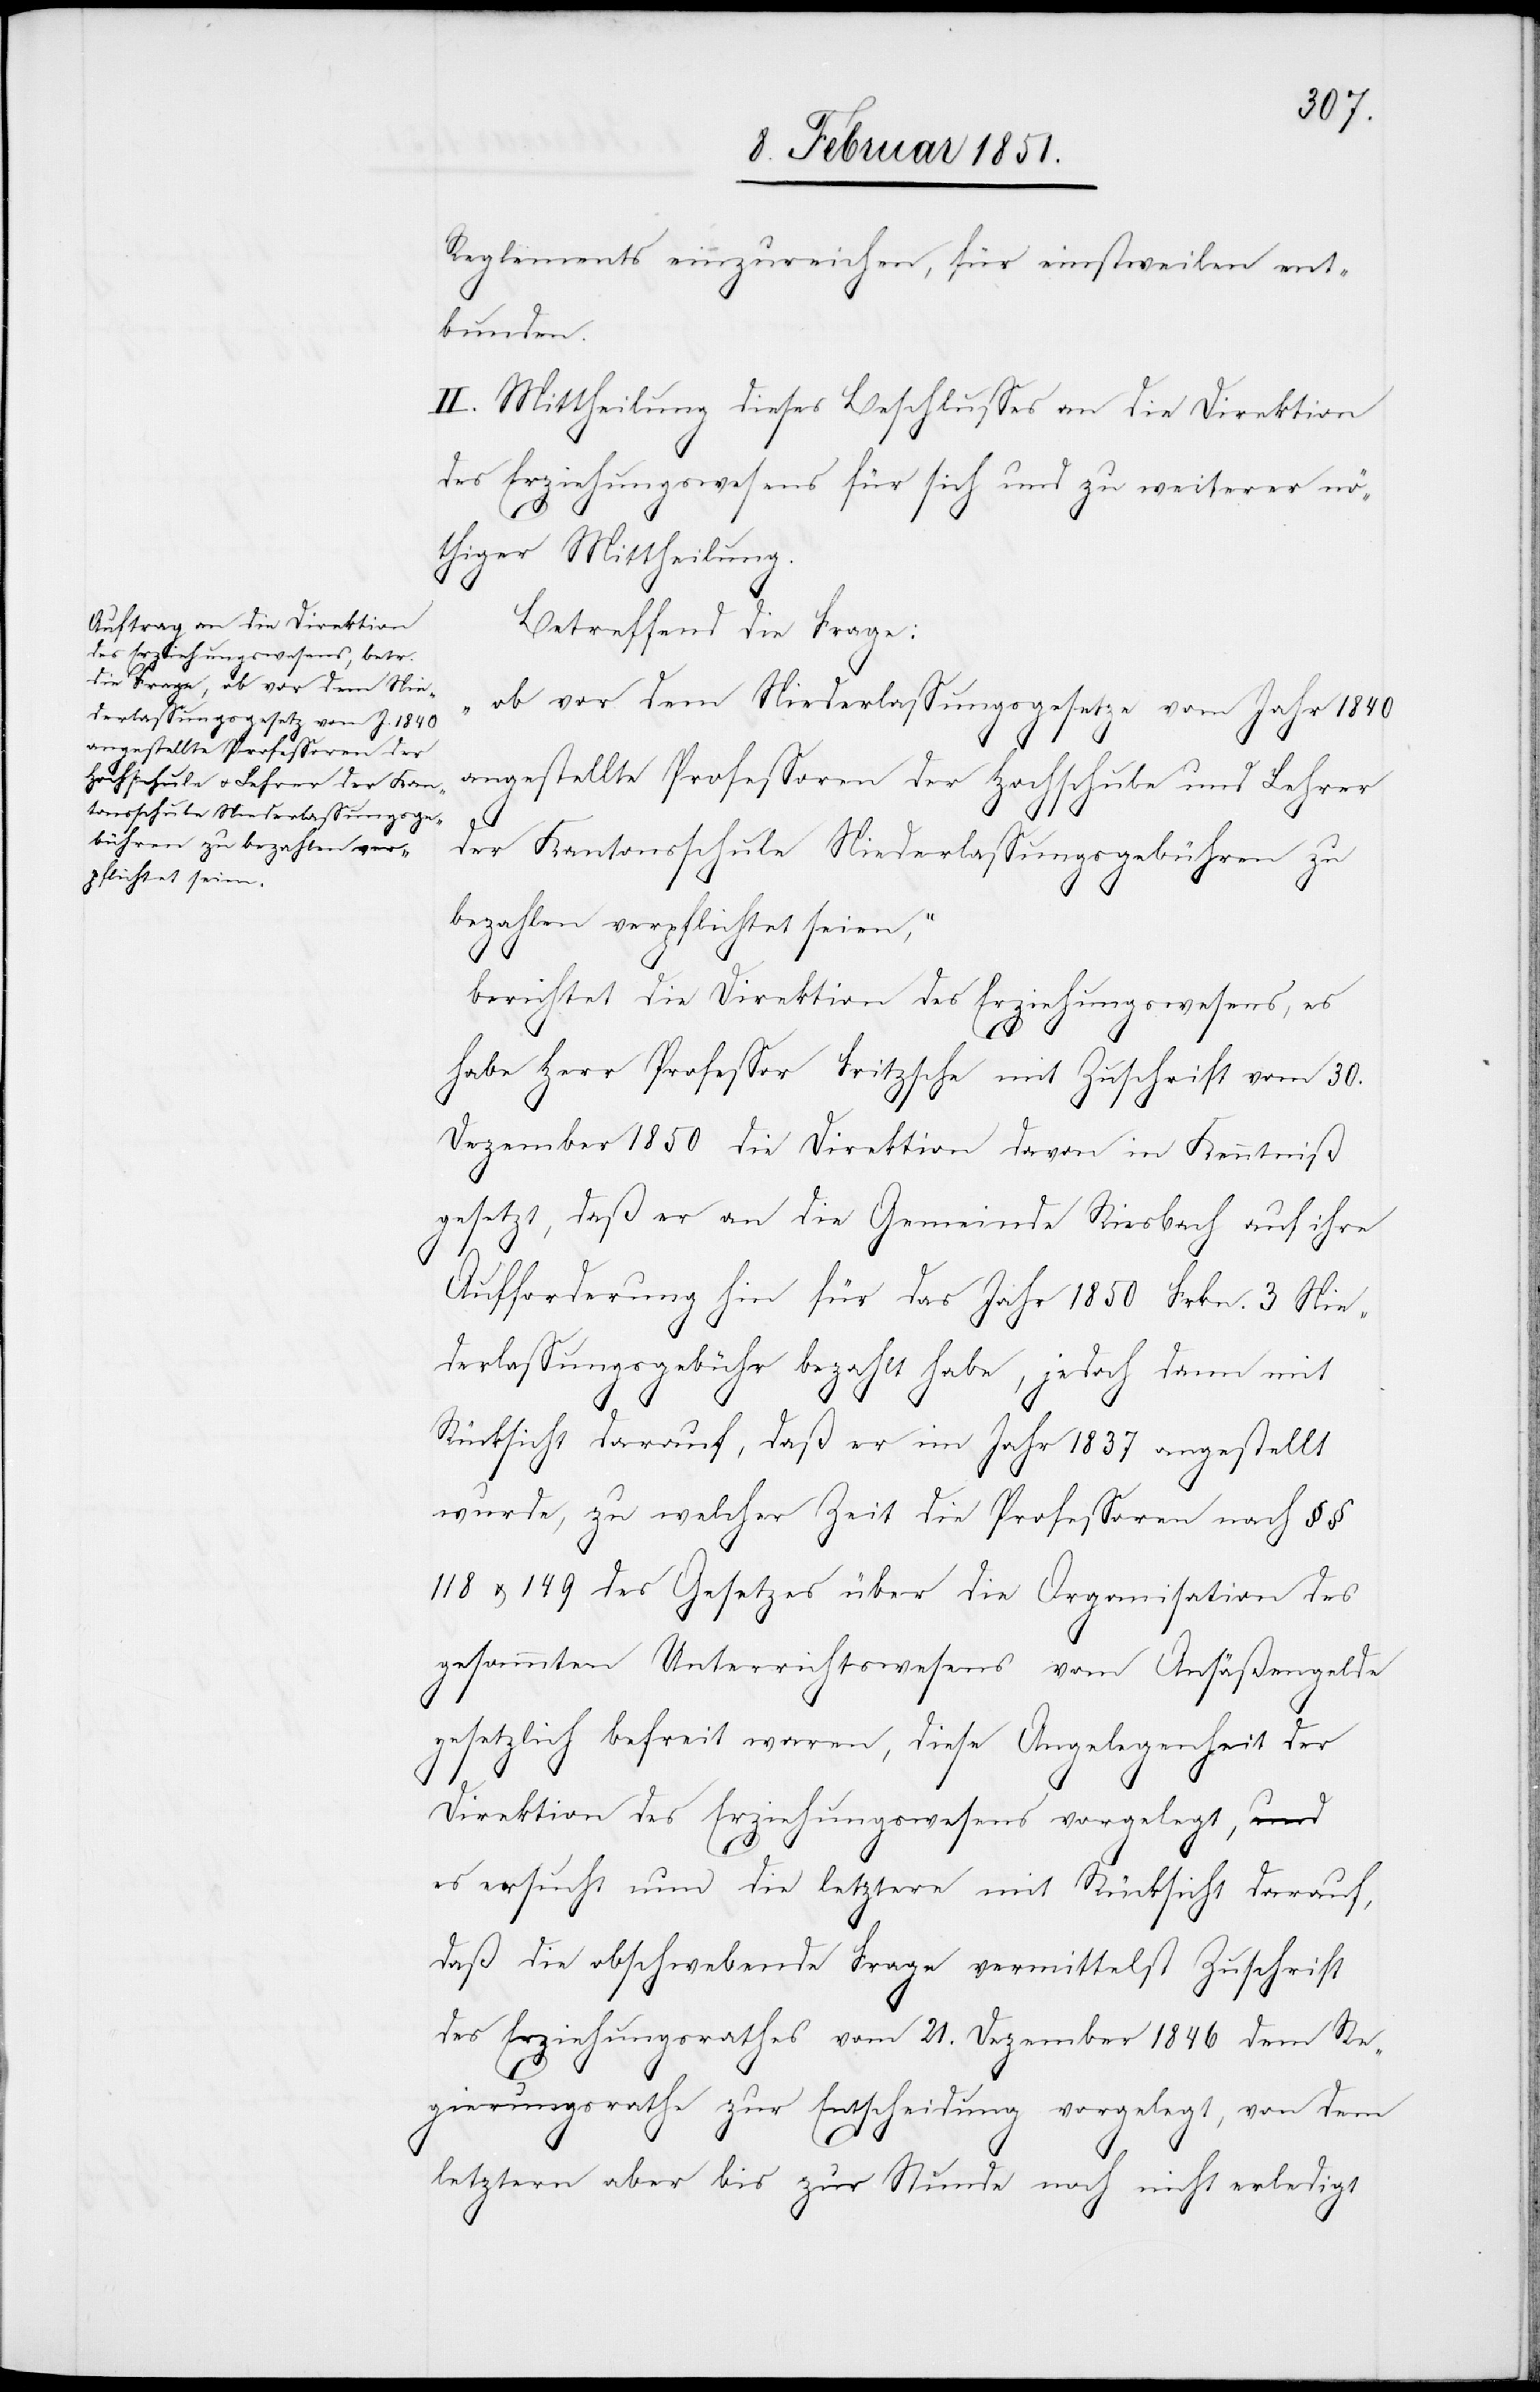
Reglements einzureichen, für einstweilen ent¬
bunden.
II. Mittheilung dieses Beschlusses an die Direktion
des Erziehungswesens für sich und zu weiterer nö¬
thiger Mittheilung.
Betreffend die Frage:
„ob vor dem Niederlassungsgesetze vom Jahr 1840
angestellte Professoren der Hochschule und Lehrer
der Kantonsschule Niederlassungsgebühren zu
bezahlen verpflichtet seien,“
berichtet die Direktion des Erziehungswesens, es
habe Herr Professor Fritzsche mit Zuschrift vom 30.
Dezember 1850 die Direktion davon in Kenntniß
gesetzt, daß er an die Gemeinde Riesbach auf ihre
Aufforderung hin für das Jahr 1850 Frkn. 3 Nie¬
derlassungsgebühr bezahlt habe, jedoch dann mit
Rücksicht darauf, daß er im Jahr 1837 angestellt
wurde, zu welcher Zeit die Professoren nach §§
118 u. 149 des Gesetzes über die Organisation des
gesammten Unterrichtswesens vom Ansäßengelde
gesetzlich befreit waren, diese Angelegenheit der
Direktion des Erziehungswesens vorgelegt, und
es ersucht nun die letztere mit Rücksicht darauf,
daß die obschwebende Frage vermittelst Zuschrift
des Erziehungsrathes vom 21. Dezember 1846 dem Re¬
gierungsrathe zur Entscheidung vorgelegt, von dem
letztern aber bis zur Stunde noch nicht erledigt